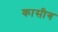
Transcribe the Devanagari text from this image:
कासीग